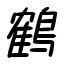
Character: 鶴